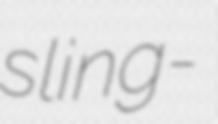
sling-